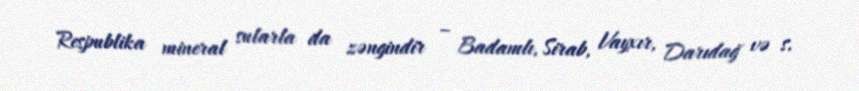
Respublika mineral sularla da zəngindir – Badamlı, Sirab, Vayxır, Darıdağ və s.